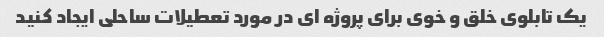
یک تابلوی خلق و خوی برای پروژه ای در مورد تعطیلات ساحلی ایجاد کنید